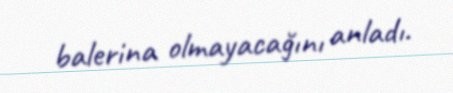
balerina olmayacağını anladı.